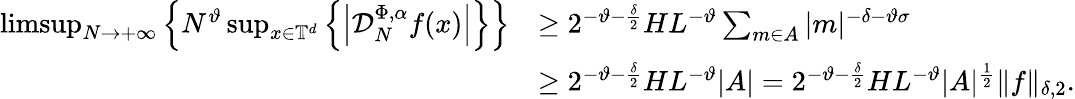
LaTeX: \begin{array}{rl}{\operatorname*{limsup}_{N\to+\infty}\left\{ N^{\vartheta}\operatorname*{sup}_{x\in\mathbb{T}^{d}}\left\{ \left|\mathcal D_{N}^{\Phi,\alpha}f(x)\right|\right\} \right\} }&{\geq 2^{-\vartheta-\frac{\delta}{2}}HL^{-\vartheta}\sum_{m\in A}|m|^{-\delta-\vartheta\sigma}}\\ &{\geq 2^{-\vartheta-\frac{\delta}{2}}HL^{-\vartheta}|A|=2^{-\vartheta-\frac{\delta}{2}}HL^{-\vartheta}|A|^{\frac{1}{2}}\| f\| _{\delta,2}.}\end{array}